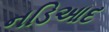
નડિઆદ